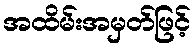
အထိမ်းအမှတ်ဖြင့်